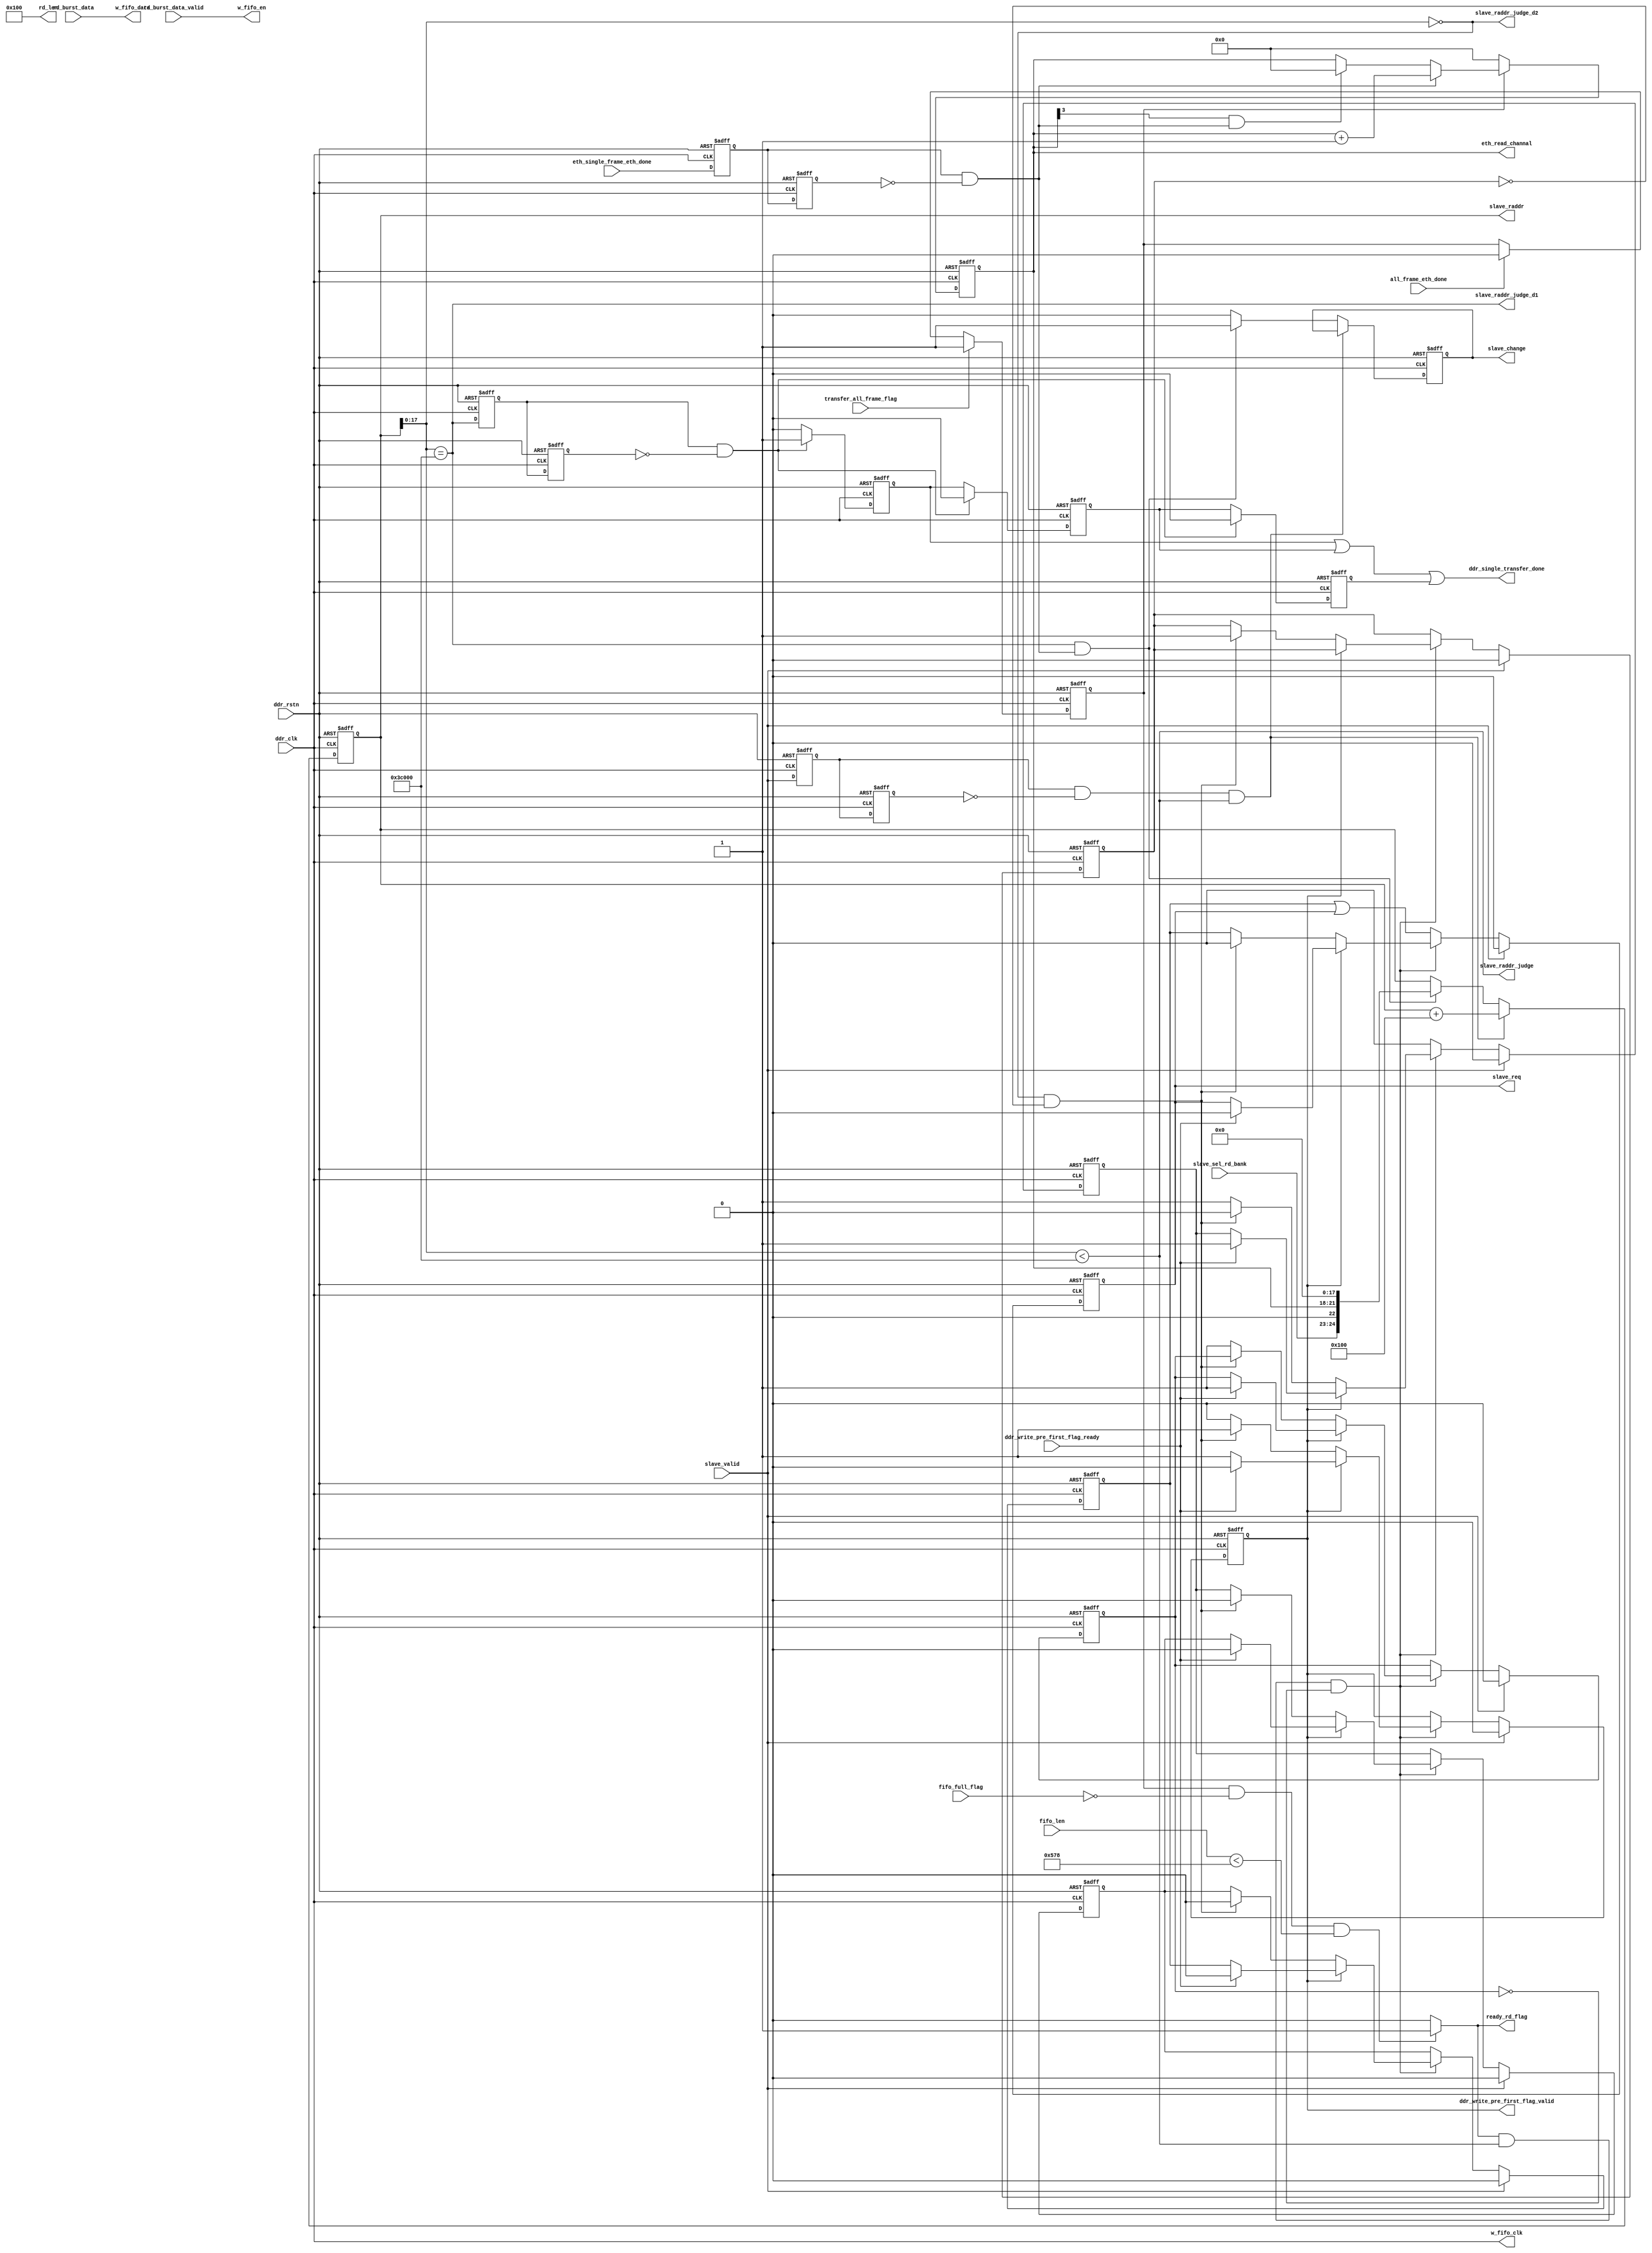
module eth_trans_slave 
#(
    parameter MAXADDR  = 18'd245_760                  //1280*768      64*48/4=768
)  
(    
    // eth-- 
    //transfer_all_frame_flag         , //DDR NULL 
    input wire              transfer_all_frame_flag         ,  
    //eth_single_frame_eth_done       ,
    input wire              eth_single_frame_eth_done       ,   
    input wire              all_frame_eth_done              , //  NULL  --  
    output reg              ddr_write_pre_first_flag_valid  ,
    input wire              ddr_write_pre_first_flag_ready  ,
    output wire             ddr_single_transfer_done        ,
    //ddr_wr_ctrl                                        
    input wire              ddr_clk                         ,
    input wire              ddr_rstn                        ,
    input wire              rd_burst_data_valid             ,  //eth rd ddr 
    input wire  [31 : 0]    rd_burst_data                   ,  //eth rd ddr 
    //w_fifo                                                
    output wire             w_fifo_clk                      ,
    output wire             w_fifo_en                       ,
    output wire [31 :0 ]    w_fifo_data                     ,
    //arbitrate _ port 
    output reg              slave_req                       ,  //--
    input  wire             slave_valid                     ,  //--
    output reg  [24:0]      slave_raddr                     ,
    output wire [9 :0]      rd_len                          ,
    //fifo_32w8r                                            
    input wire  [10: 0]     fifo_len                        ,
    input wire              fifo_full_flag                  ,  
//--------------------------------------------------------------
    output wire             slave_raddr_judge_d2  ,
    output wire             slave_raddr_judge_d1  ,
    output wire             slave_raddr_judge     ,
    output wire             ready_rd_flag         ,
    output reg              slave_change          ,
//--------------------------------------------------------------
    //fifo_32w8r   
    input wire  [1 :0]      slave_sel_rd_bank               ,
    output reg  [3 :0]      eth_read_channal                     //
//    input wire              camera_vsync                    , //for debug                             
); 
reg slave_raddr_judge_d1_t0,slave_raddr_judge_d1_t1 ;
wire slave_raddr_judge_d1_pos ;
reg       arbitrate_valid_d0,arbitrate_valid_d1;
wire      valid_pos ;
reg       eth_trans_flag ;
assign    rd_len = 10'd256;
//---------------------------------------------//
localparam rd_byte_number = 11'd1400;
//localparam wr_byte_number = 256   ; 
localparam initial_addr   = 18'd0 ;
wire [24:0]             rd_addr_sample        ;
//wire                    ready_rd_flag         ; 
//wire                    slave_raddr_judge     ;
//wire                    slave_raddr_judge_d1  ;
reg  [ 1:0]             reg_slave_sel_rd_bank ;

reg                     slave_req_t0          ;
reg                     slave_req_t1          ;
reg                     slave_req_t2          ;
reg                     eth_single_frame_eth_done_d0  ;
reg                     eth_single_frame_eth_done_d1  ;
wire                    eth_single_frame_eth_done_pos ;
reg                     ddr_single_transfer_done_d0   ;
reg                     ddr_single_transfer_done_d1   ;
reg                     ddr_single_transfer_done_d2   ;

always @(posedge ddr_clk or negedge ddr_rstn) begin
    if (!ddr_rstn) begin
        eth_single_frame_eth_done_d0 <= 1'b0 ; 
        eth_single_frame_eth_done_d1 <= 1'b0 ;
    end 
    else begin 
        eth_single_frame_eth_done_d0 <= eth_single_frame_eth_done ; 
        eth_single_frame_eth_done_d1 <= eth_single_frame_eth_done_d0 ;
    end 
end

always @(posedge ddr_clk or negedge ddr_rstn) begin
    if (!ddr_rstn) begin
        eth_trans_flag <= 1'b0;
    end 
    else if (transfer_all_frame_flag ) begin
        eth_trans_flag <= 1'b1 ;
    end 
    else if (all_frame_eth_done)begin 
        eth_trans_flag <= 1'b0 ;
    end 
    else begin 
        eth_trans_flag <= eth_trans_flag ;
    end 
end
 

always @(posedge ddr_clk or negedge ddr_rstn) begin
    if (!ddr_rstn) begin
        eth_read_channal <= 4'b0 ;
    end 
    else if(~eth_trans_flag)begin 
        eth_read_channal <= 4'b0 ;
    end 
    else if (eth_single_frame_eth_done_pos) begin //keepping until ddr finishes read comd
        eth_read_channal <= eth_read_channal + 4'b1 ;
    end 
    else if (eth_read_channal[3]&eth_single_frame_eth_done_pos) begin    // eth_read_channal == 4'd8 
        eth_read_channal <= 4'd0 ;
    end 
    else begin
        eth_read_channal <= eth_read_channal ;
    end
end


always @(posedge ddr_clk or negedge ddr_rstn) begin
    if (!ddr_rstn) begin
        arbitrate_valid_d0 <= 1'b0;
        arbitrate_valid_d1 <= 1'b0;
    end 
    else begin
        arbitrate_valid_d0 <= slave_valid;
        arbitrate_valid_d1 <= arbitrate_valid_d0;
    end
end
assign valid_pos = arbitrate_valid_d0&~arbitrate_valid_d1;

always @(eth_read_channal[0] or eth_trans_flag) begin         //
    reg_slave_sel_rd_bank <= slave_sel_rd_bank ;              //
end                                                           //

//-----------------------------------------------
//   frame_rd_done
//-----------------------------------------------
always @(posedge ddr_clk or negedge ddr_rstn) begin
    if (!ddr_rstn) begin
        slave_raddr <= 25'd0;
        slave_change <= 1'b0 ; 
    end 
    else if (valid_pos&&slave_raddr_judge) begin
        slave_raddr <= slave_raddr + 25'd256;
    end 
    else if (slave_raddr[17:0]==MAXADDR&&eth_single_frame_eth_done_pos) begin 
        slave_raddr <= rd_addr_sample;
        slave_change <= 1'b1 ;
    end
    else begin
        slave_raddr <= slave_raddr; 
        slave_change <= 1'b0 ;
    end
end 

//-----------------------------------------------
//   ddr_single_transfer_done
//-----------------------------------------------
always @(posedge ddr_clk or negedge ddr_rstn) begin
    if (!ddr_rstn) begin
        ddr_single_transfer_done_d0 <= 1'b0;
        ddr_single_transfer_done_d1 <= 1'b0;
        ddr_single_transfer_done_d2 <= 1'b0;
    end 
    else if (slave_raddr_judge_d1_pos) begin
        ddr_single_transfer_done_d0 <= 1'b1;
        ddr_single_transfer_done_d1 <= 1'b0;
        ddr_single_transfer_done_d2 <= 1'b0;
    end 
    else begin
        ddr_single_transfer_done_d0 <= 1'b0;
        ddr_single_transfer_done_d1 <= ddr_single_transfer_done_d0;
        ddr_single_transfer_done_d2 <= ddr_single_transfer_done_d1;
    end
end 

always @(posedge ddr_clk or negedge ddr_rstn) begin
    if (!ddr_rstn) begin
        slave_raddr_judge_d1_t0 <= 1'b0;
        slave_raddr_judge_d1_t1 <= 1'b0;
    end 
    else begin
        slave_raddr_judge_d1_t0 <= slave_raddr_judge_d1;
        slave_raddr_judge_d1_t1 <= slave_raddr_judge_d1_t0;
    end
end 

assign slave_raddr_judge_d1_pos = slave_raddr_judge_d1_t0 & ~slave_raddr_judge_d1_t1;
//-----------------------------------------------
//  bank_switch --- slave_req/mem_wen
//-----------------------------------------------
reg    r_first_info_done ;
reg    r_rd_cyc_flag     ;
always @(posedge ddr_clk or negedge ddr_rstn) begin
    if (!ddr_rstn) begin
        r_first_info_done <= 1'b0 ;
        r_rd_cyc_flag     <= 1'b0 ;
        slave_req    <= 1'b0;
        slave_req_t0 <= 1'b0;
        slave_req_t1 <= 1'b0;
        slave_req_t2 <= 1'b0;
        ddr_write_pre_first_flag_valid <= 1'b0;
    end 
    else if(slave_valid)begin 
        r_rd_cyc_flag     <= 1'b0 ;
        r_first_info_done <= 1'b0 ; 
        slave_req    <= 1'b0;
        slave_req_t0 <= 1'b0;
        slave_req_t1 <= 1'b0;
        slave_req_t2 <= 1'b0;
        ddr_write_pre_first_flag_valid <= 1'b0;
    end 
    else if(ready_rd_flag&&slave_raddr_judge&& ~r_rd_cyc_flag)begin 
        if (ddr_write_pre_first_flag_valid )begin 
            if(ddr_write_pre_first_flag_ready)begin 
                ddr_write_pre_first_flag_valid <= 1'b0 ;
                r_rd_cyc_flag <= 1'b1 ;
                slave_req    <= 1'b0;
                slave_req_t0 <= 1'b1;
                slave_req_t1 <= 1'b0;
                slave_req_t2 <= 1'b0;
            end 
        end 
        else if(slave_raddr[17:0]==18'd0 && ~r_first_info_done)begin 
            ddr_write_pre_first_flag_valid <= 1'b1 ;
            r_first_info_done <= 1'b1 ; 
            slave_req    <= 1'b0;
            slave_req_t0 <= 1'b0;
            slave_req_t1 <= 1'b0;
            slave_req_t2 <= 1'b0;
        end 
        else begin 
            r_rd_cyc_flag <= 1'b1 ;
            ddr_write_pre_first_flag_valid <= ddr_write_pre_first_flag_valid ;
            slave_req    <= slave_req_t2;
            slave_req_t0 <= 1'b1;
            slave_req_t1 <= slave_req_t0;
            slave_req_t2 <= slave_req_t1;
        end 
    end 
    else begin 
        r_rd_cyc_flag <= r_rd_cyc_flag ;
        slave_req    <= slave_req_t2 | slave_req;
        slave_req_t0 <= 1'b0;
        slave_req_t1 <= slave_req_t0;
        slave_req_t2 <= slave_req_t1;
        ddr_write_pre_first_flag_valid <= ddr_write_pre_first_flag_valid ;
    end
end  

//always @(posedge ddr_clk or negedge ddr_rstn) begin
//    if (!ddr_rstn) begin
//        r_rd_cyc_flag <= 1'b0;
//        slave_req     <= 1'b0;
//        slave_req_t0  <= 1'b0;
//        slave_req_t1  <= 1'b0;
//        slave_req_t2  <= 1'b0;
//    end 
//    else if(valid_pos)begin 
//        r_rd_cyc_flag <= 1'b0;
//        slave_req     <= 1'b0;
//        slave_req_t0  <= 1'b0;
//        slave_req_t1  <= 1'b0;
//        slave_req_t2  <= 1'b0;
//    end 
//    else if(ready_rd_flag&&slave_raddr_judge&& ~r_rd_cyc_flag)begin 
//        if (slave_raddr[17:0]==18'd0 ) begin 
//            if(ddr_write_pre_first_flag_ready)begin 
//                r_rd_cyc_flag <= 1'b1;
//                slave_req     <= 1'b0;
//                slave_req_t0  <= 1'b1;
//                slave_req_t1  <= 1'b0;
//                slave_req_t2  <= 1'b0;
//            end 
//            else if(~r_first_info_done)begin 
//                slave_req    <= 1'b0;
//                slave_req_t0 <= 1'b0;
//                slave_req_t1 <= 1'b0;
//                slave_req_t2 <= 1'b0;
//            end 
//            else begin 
//                r_rd_cyc_flag <= 1'b1 ;
//                slave_req    <= slave_req_t2;
//                slave_req_t0 <= 1'b1;
//                slave_req_t1 <= slave_req_t0;
//                slave_req_t2 <= slave_req_t1;
//            end 
//        end 
//        else begin 
//            r_rd_cyc_flag <= 1'b1 ;
//            slave_req     <= 1'b0 ;
//            slave_req_t0  <= 1'b1 ;
//            slave_req_t1  <= 1'b0 ;
//            slave_req_t2  <= 1'b0 ;
//        end 
//    end 
//    else begin 
//        r_rd_cyc_flag <= r_rd_cyc_flag ;
//        slave_req    <= slave_req_t2 | slave_req;
//        slave_req_t0 <= 1'b0;
//        slave_req_t1 <= slave_req_t0;
//        slave_req_t2 <= slave_req_t1;
//    end
//end 
//
//
//
//
//always @(posedge ddr_clk or negedge ddr_rstn) begin
//    if (!ddr_rstn) begin
//        ddr_write_pre_first_flag_valid <= 1'b0;
//    end 
//    else if(ddr_write_pre_first_flag_ready)begin 
//        ddr_write_pre_first_flag_valid <= 1'b0;
//    end 
//    else if(valid_pos)begin 
//        ddr_write_pre_first_flag_valid <= 1'b0;
//    end 
//    else if(ready_rd_flag&&slave_raddr_judge&&(slave_raddr[17:0]==18'd0 && ~r_first_info_done))begin 
//        ddr_write_pre_first_flag_valid <= 1'b1 ;
//    end 
//    else begin 
//        ddr_write_pre_first_flag_valid <= ddr_write_pre_first_flag_valid ;
//    end
//end  
//
//always @(posedge ddr_clk or negedge ddr_rstn) begin
//    if (!ddr_rstn) begin
//        r_first_info_done <= 1'b0 ;
//    end 
//    else if(valid_pos)begin 
//        r_first_info_done <= 1'b0 ; 
//    end 
//    else if(ready_rd_flag&&slave_raddr_judge&&(slave_raddr[17:0]==18'd0 && ~r_first_info_done))begin 
//        r_first_info_done <= 1'b1 ; 
//    end 
//    else begin 
//        r_first_info_done <= r_first_info_done ;
//    end
//end  

assign slave_raddr_judge_d2 = slave_raddr[17:0]== 18'd0 ;
assign slave_raddr_judge_d1 = slave_raddr[17:0]==MAXADDR ;
assign slave_raddr_judge    = (slave_raddr[17:0]<MAXADDR);
assign ready_rd_flag        = (eth_trans_flag)&&(!fifo_full_flag)&&(fifo_len<rd_byte_number)?1'b1:1'b0; 
assign rd_addr_sample = {reg_slave_sel_rd_bank,1'b0,eth_read_channal,initial_addr};             //initial read_address
//---------------------------------------------//  
assign w_fifo_clk   = ddr_clk            ;
assign w_fifo_en    = rd_burst_data_valid;
assign w_fifo_data  = rd_burst_data      ;
assign eth_single_frame_eth_done_pos = eth_single_frame_eth_done_d0 & ~eth_single_frame_eth_done_d1;
assign ddr_single_transfer_done = ddr_single_transfer_done_d0 | ddr_single_transfer_done_d1|ddr_single_transfer_done_d2;
endmodule